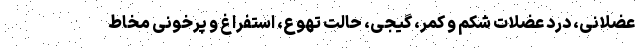
عضلانی، درد عضلات شکم و کمر، گیجی، حالت تهوع، استفراغ و پرخونی مخاط